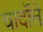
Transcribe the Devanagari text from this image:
चार्दोने